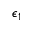
\epsilon _ { 1 }